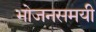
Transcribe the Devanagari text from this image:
भोजनसमयी